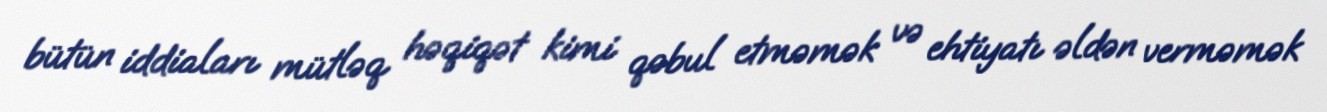
bütün iddiaları mütləq həqiqət kimi qəbul etməmək və ehtiyatı əldən verməmək